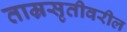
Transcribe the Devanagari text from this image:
ताम्रसृतीवरील